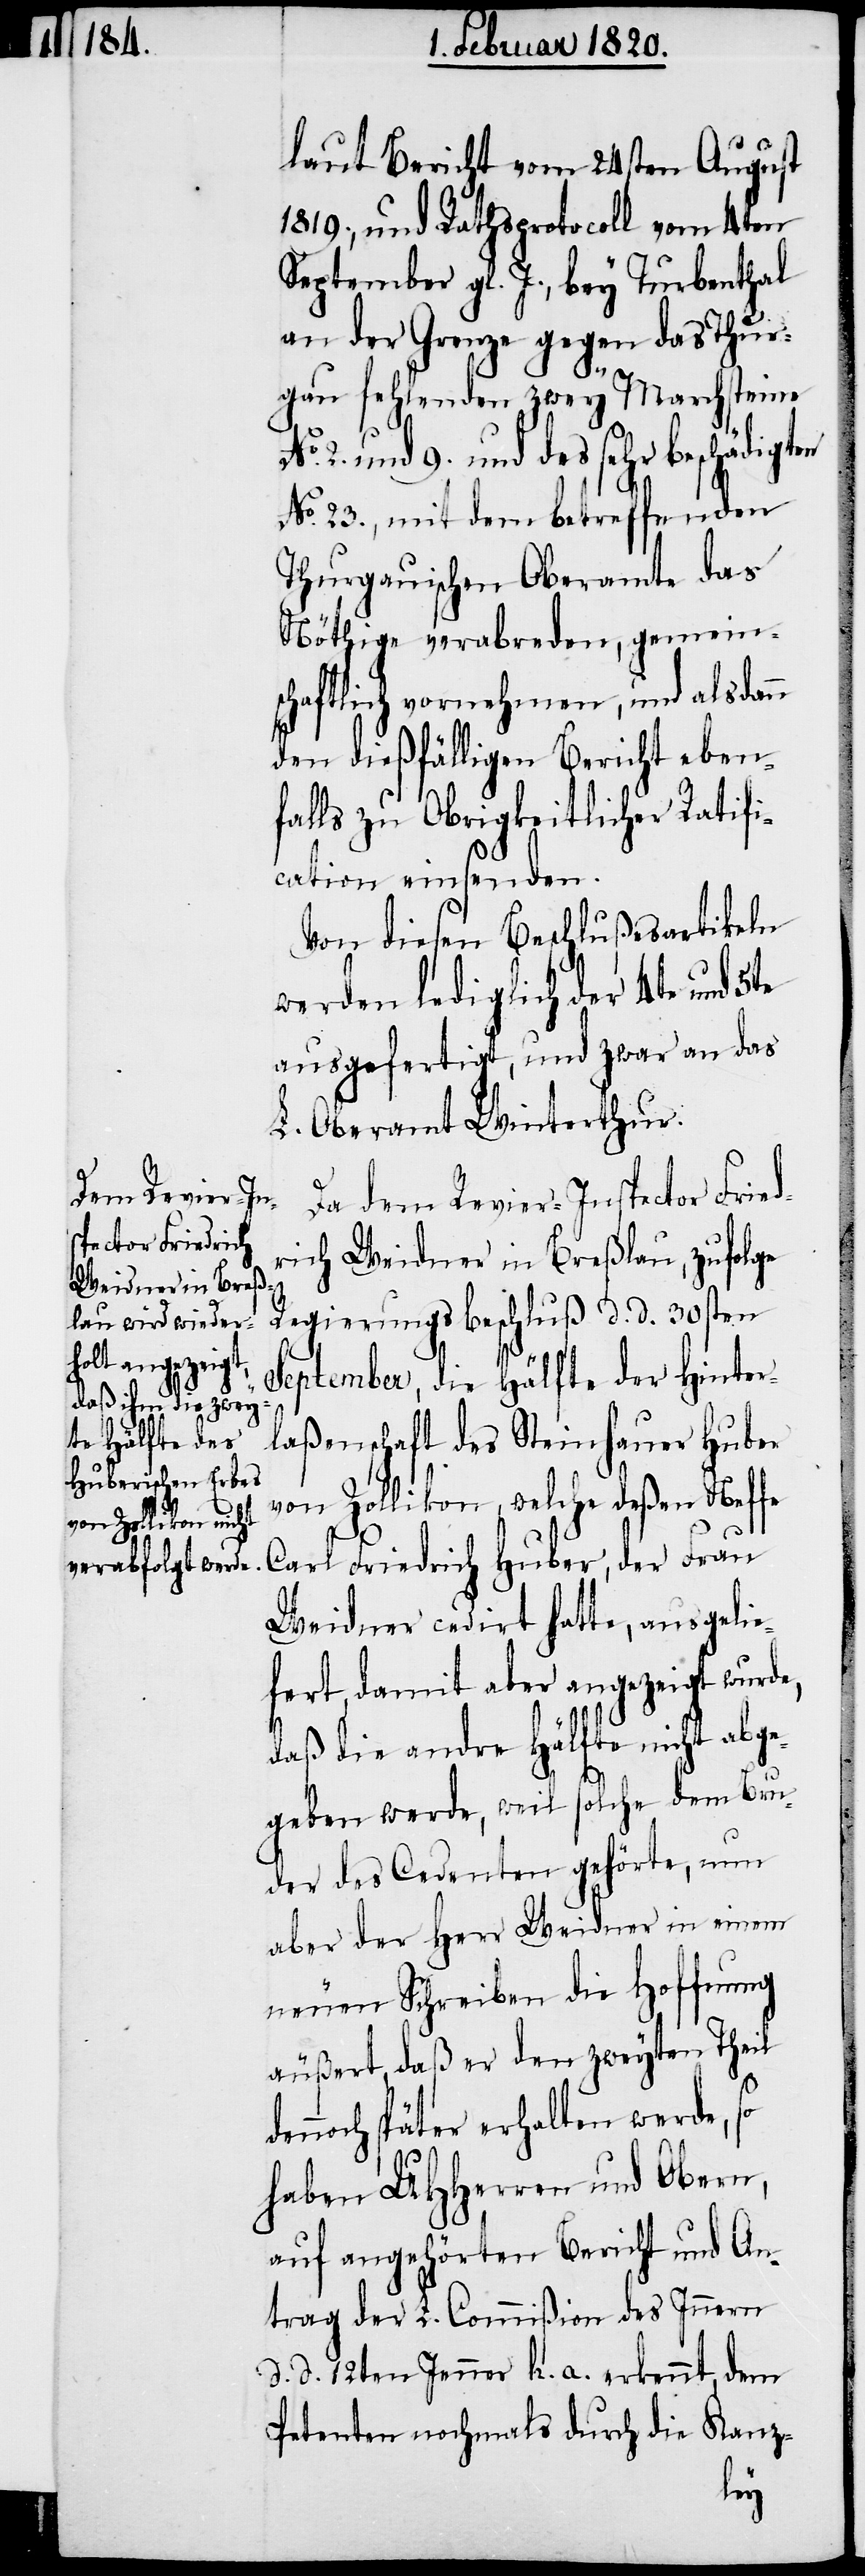
laut Bericht vom 24sten August
1819., und Rathsprotocoll vom 4ten
September gl. J., bey Turbenthal
an der Grenze gegen das Thur¬
gau fehlenden zwey Marchsteine
2. und 9. und des sehr beschädigt¬
No. 23., mit dem betreffenden
Thurgauischen Oberamte das
Nöthige verabreden, gemein¬
schaftlich vornehmen, und alsdann
den dießfälligen Bericht eben¬
falls zu Obrigkeitlicher Ratifi¬
cation einsenden.
Von diesen Beschlußesartikeln
werden lediglich der 4te und 5te
ausgefertigt, und zwar an das
L. Oberamt Winterthur.
Da dem Revier-Inspector Fried¬
rich Weidner in Breßlau, zufolge
Regierungsbeschluß d d 30sten
September, die Hälfte der Hinter¬
laßenschaft des Steinhauer Huber
von Zollikon, welche deßen Neffe
Carl Friedrich Huber, der Frau
Weidner cedirt hatte, ausgelie¬
fert, damit aber angezeigt wurde,
daß die andere Hälfte nicht abge¬
geben werde, weil solche dem Bru¬
der des Cedenten gehörte, nun
aber der Herr Weidner in einem
neuen Schreiben die Hoffnung
äußert, daß er den zweyten Theil
noch später erhalten werde, so
haben UHHerren und Obern,
auf angehörten Bericht und An¬
trag der L. Commißion des Innern
d d 12ten Jenner h. a. erkennt, dem
Petenten nochmals durch die Kanz-
den¬